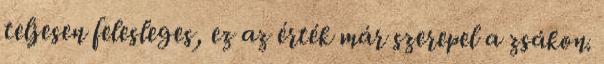
teljesen felesleges, ez az érték már szerepel a zsákon.